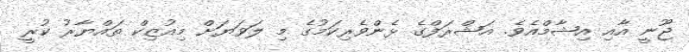
ޖޫނީ އާއި އިޝާމްއެވެ. އަޝްރަފްގެ ޅެންވެރިކަމުގެ މި ލަވަޔަށް މިއުޒިކް ތައްޔާރު ކުރީ